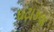
ઘટાઙવા